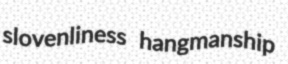
slovenliness hangmanship